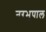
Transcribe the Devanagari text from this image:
नरभुपाल